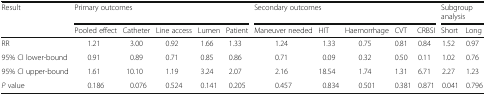
<table><thead><tr><td rowspan="2"><b>Result</b></td><td colspan="5"><b>Primary outcomes</b></td><td colspan="5"><b>Secondary outcomes</b></td><td colspan="2"><b>Subgroup analysis</b></td></tr><tr><td><b>Pooled effect</b></td><td><b>Catheter</b></td><td><b>Line access</b></td><td><b>Lumen</b></td><td><b>Patient</b></td><td><b>Maneuver needed</b></td><td><b>HIT</b></td><td><b>Haemorrhage</b></td><td><b>CVT</b></td><td><b>CRBSI</b></td><td><b>Short</b></td><td><b>Long</b></td></tr></thead><tbody><tr><td>RR</td><td>1.21</td><td>3.00</td><td>0.92</td><td>1.66</td><td>1.33</td><td>1.24</td><td>1.33</td><td>0.75</td><td>0.81</td><td>0.84</td><td>1.52</td><td>0.97</td></tr><tr><td>95% CI lower-bound</td><td>0.91</td><td>0.89</td><td>0.71</td><td>0.85</td><td>0.86</td><td>0.71</td><td>0.09</td><td>0.32</td><td>0.50</td><td>0.11</td><td>1.02</td><td>0.76</td></tr><tr><td>95% CI upper-bound</td><td>1.61</td><td>10.10</td><td>1.19</td><td>3.24</td><td>2.07</td><td>2.16</td><td>18.54</td><td>1.74</td><td>1.31</td><td>6.71</td><td>2.27</td><td>1.23</td></tr><tr><td><i>P</i> value</td><td>0.186</td><td>0.076</td><td>0.524</td><td>0.141</td><td>0.205</td><td>0.457</td><td>0.834</td><td>0.501</td><td>0.381</td><td>0.871</td><td>0.041</td><td>0.796</td></tr></tbody></table>